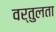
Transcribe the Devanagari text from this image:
वर्तुलता